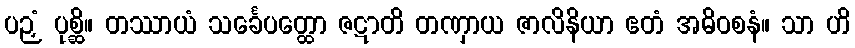
ပဉှံ ပုစ္ဆိ။ တဿာယံ သင်္ခေပတ္ထော ဇဋာတိ တဏှာယ ဇာလိနိယာ ဧတံ အဓိဝစနံ။ သာ ဟိ